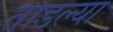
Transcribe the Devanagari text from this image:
ताडल्या